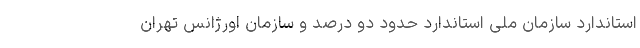
استاندارد سازمان ملی استاندارد حدود دو درصد و سازمان اورژانس تهران